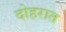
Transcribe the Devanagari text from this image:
दोहरात